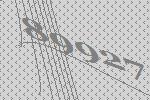
89927